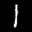
Label: 1